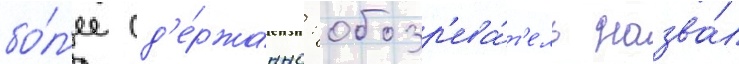
бо́л'ее сд'е́ржанно: обозр'ева́т'ель назва́л